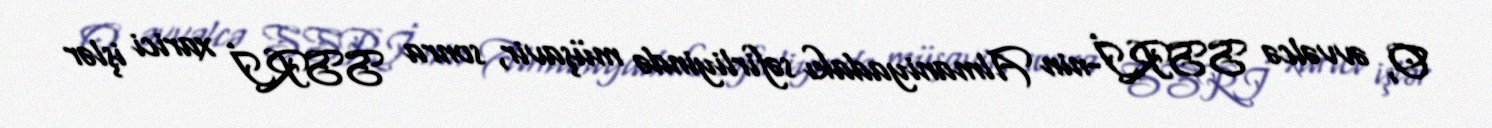
O, əvvəlcə SSRİ-nin Almaniyadakı səfirliyində müşavir, sonra SSRİ xarici işlər